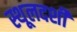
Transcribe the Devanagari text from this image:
स्थूलदर्शी